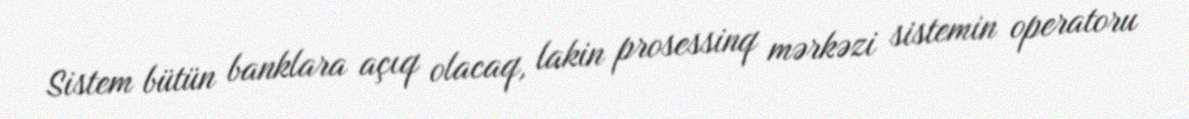
Sistem bütün banklara açıq olacaq, lakin prosessinq mərkəzi sistemin operatoru